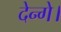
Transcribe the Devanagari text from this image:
देन्गे।